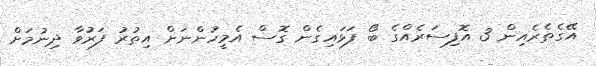
އޭގެތެރެއިން 3 އޮފިސަރެއްގެ ބޯ ފަޅައިގެން ގޮސް އެމީހުންނަށް އިތުރު ފަރުވާ ދިނުމަށް